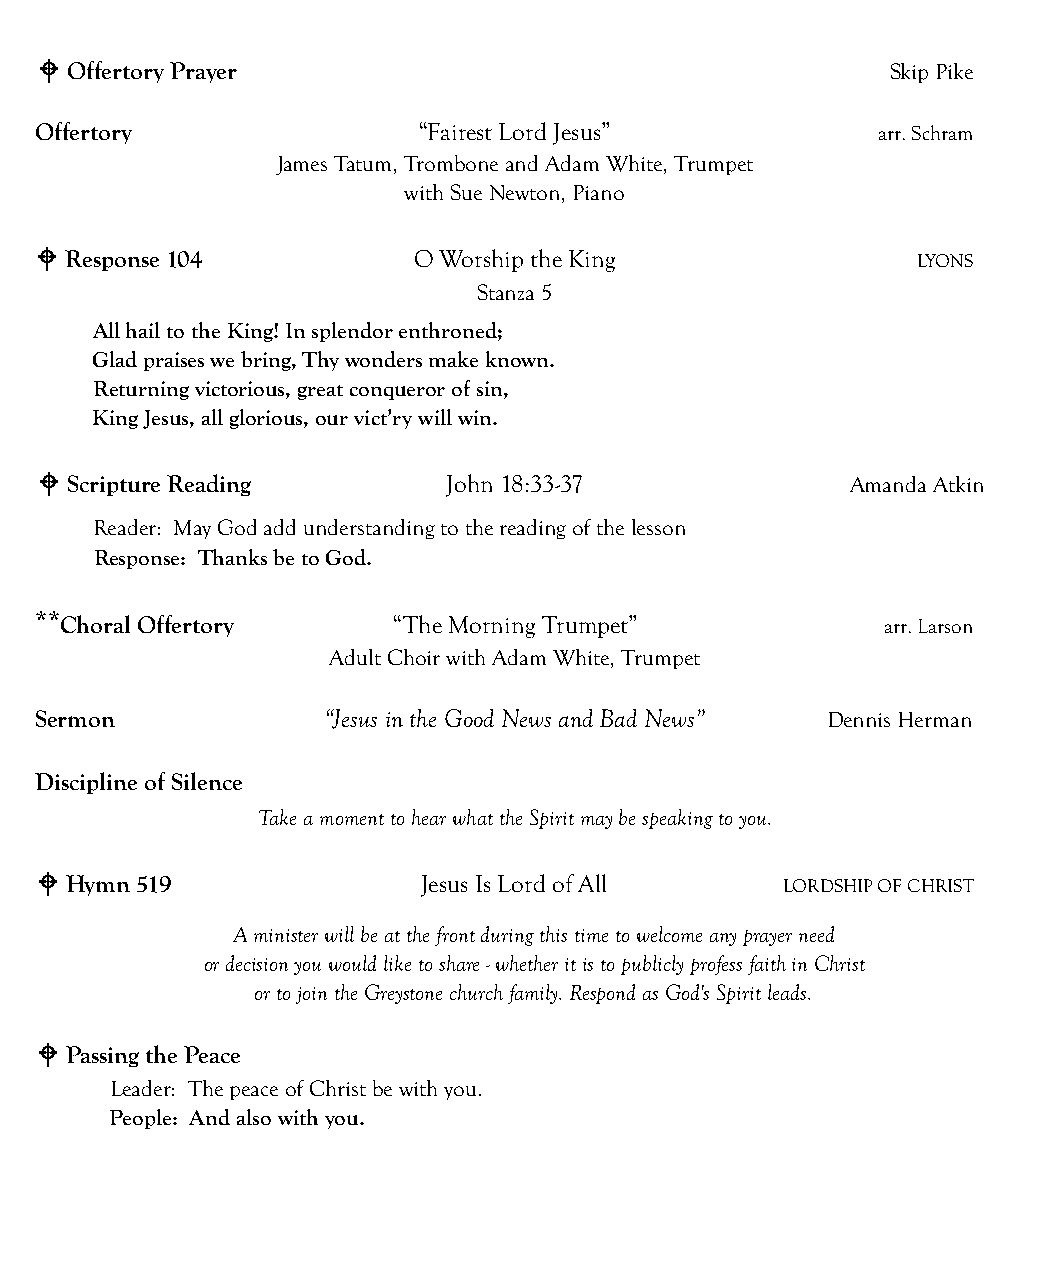
! Offertory Prayer                                      Skip Pike
 Offertory                “Fairest Lord Jesus”          arr. Schram
 James Tatum, Trombone and Adam White, Trumpet
 with Sue Newton, Piano
 ! Response 104           O Worship the King               LYONS
 Stanza 5
 All hail to the King! In splendor enthroned;
 Glad praises we bring, Thy wonders make known.
 Returning victorious, great conqueror of sin,
 King Jesus, all glorious, our vict’ry will win.
 ! Scripture Reading        John 18:33-37              Amanda Atkin
 Reader: May God add understanding to the reading of the lesson
 Response: Thanks be to God.
 **
 Choral Offertory      “The Morning Trumpet”            arr. Larson
 Adult Choir with Adam White, Trumpet
 Sermon             “Jesus in the Good News and Bad News” Dennis Herman
 Discipline of Silence
 Take a moment to hear what the Spirit may be speaking to you.
 Christmas at Greystone: And On Earth, Peace
 ! Hymn 519               Jesus Is Lord of All    LORDSHIP OF CHRIST
 Sunday, Dec. 9 at 6:30 pm
 A minister will be at the front during this time to welcome any prayer need
 FEATURING THE GBC MUSIC MINISTRIES
 or decision you would like to share - whether it is to publicly profess faith in Christ
 WITH NARRATION AND ORCHESTRA                                      or to join the Greystone church family. Respond as God's Spirit leads.
 The whole world yearns for peace—and peace is a promise of God as found in the gift
 ! Passing the Peace
 of Jesus Christ. Join us this night as we celebrate with songs and carols of peace from
 Leader: The peace of Christ be with you.
 cultures around the world in this program of music and the spoken word.
 People: And also with you.
 Childcare available.